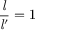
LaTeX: { \frac { \mathit { l } } { { \mathit { l } } ^ { \prime } } } = 1